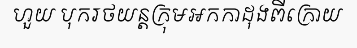
ហួយ បុករថយន្តក្រុមអកកាដុងពីក្រោយ